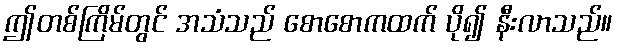
ဤတစ်ကြိမ်တွင် အသံသည် စောစောကထက် ပို၍ နီးလာသည်။